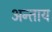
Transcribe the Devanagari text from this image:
अन्ताय